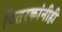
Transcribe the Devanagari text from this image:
वितरकांनीही